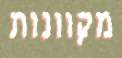
מקוונות